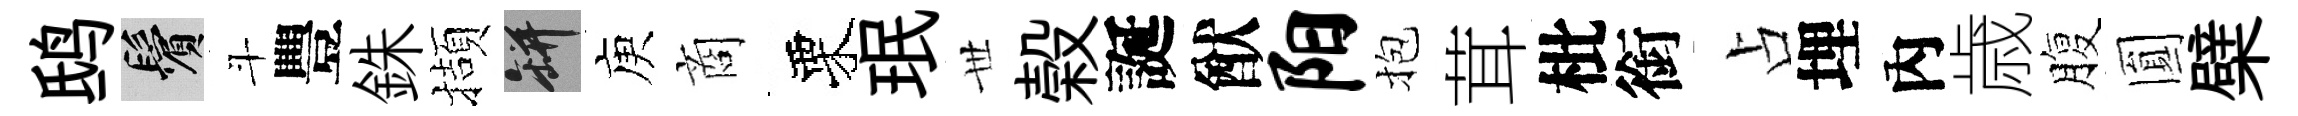
鸱鬢斗豐銖擷瓶庾商栗珉𠀍榖誕猷阳抱茸枇銜占埋內歳腹圎檗